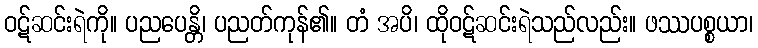
ဝဋ်ဆင်းရဲကို။ ပညပေန္တိ၊ ပညတ်ကုန်၏။ တံ အပိ၊ ထိုဝဋ်ဆင်းရဲသည်လည်း။ ဖဿပစ္စယာ၊